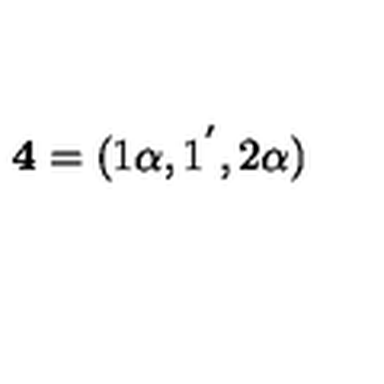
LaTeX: { \bf 4 } = ( 1 \alpha , 1 ^ { ^ { \prime } } , 2 \alpha )